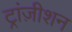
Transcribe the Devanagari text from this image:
ट्रांज़ीशन